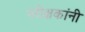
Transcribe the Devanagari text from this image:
परीक्षकांनी